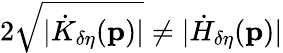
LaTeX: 2\sqrt{\vert\dot{K}_{\delta\eta}(\mathbf{p})\vert}\neq\vert\dot{H}_{\delta\eta}(\mathbf{p})\vert